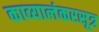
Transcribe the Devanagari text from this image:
काव्यालंकरसूत्र